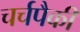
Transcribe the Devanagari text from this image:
चर्चपैकी